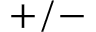
+ / -